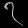
Digit: ၇